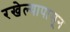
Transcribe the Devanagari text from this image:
रखेल्यापासून